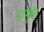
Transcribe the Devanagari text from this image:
रागुन